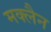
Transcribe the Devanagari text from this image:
मक्लैन